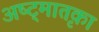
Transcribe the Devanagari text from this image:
अष्ट्मातृका